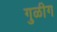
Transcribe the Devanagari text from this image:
गुळीग